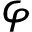
\varphi